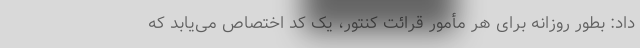
داد: بطور روزانه برای هر مأمور قرائت کنتور، یک کد اختصاص می‌یابد که